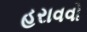
હરાવવો